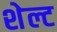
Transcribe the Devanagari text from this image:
शेल्ट